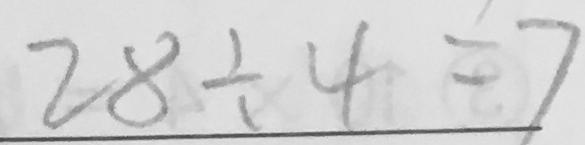
2 8 \div 4 = 7